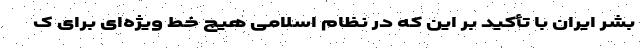
بشر ایران با تأکید بر این که در نظام اسلامی هیچ خط ویژه‌ای برای ک